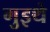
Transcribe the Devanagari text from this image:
गुइथे